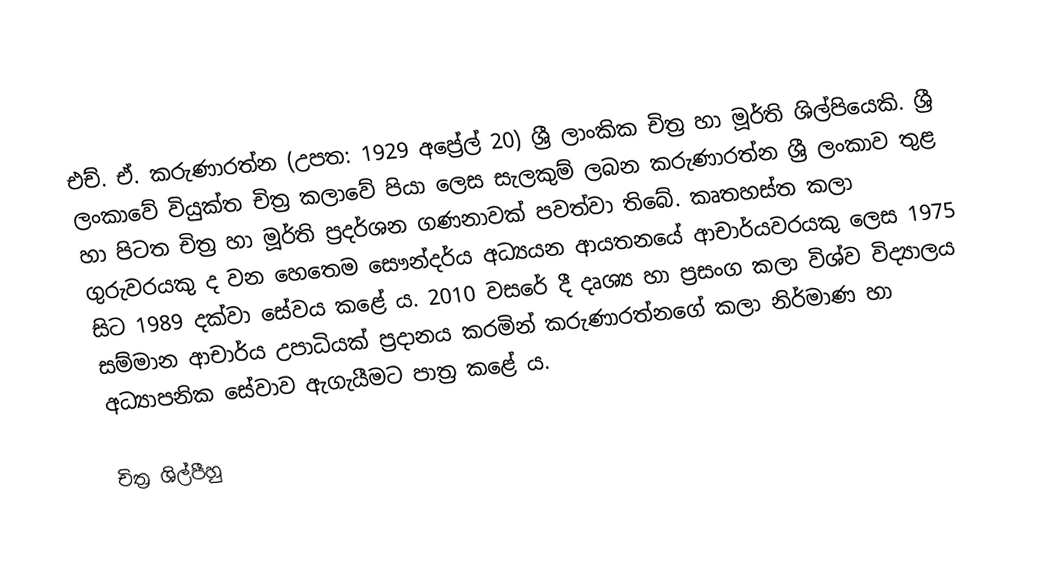
එච්. ඒ. කරුණාරත්න (උපත: 1929 අප්‍රේල් 20) ශ්‍රී ලාංකික චිත්‍ර හා මූර්ති ශිල්පියෙකි. ශ්‍රී ලංකාවේ වියුක්ත චිත්‍ර කලාවේ පියා ලෙස සැලකුම් ලබන කරුණාරත්න ශ්‍රී ලංකාව තුළ හා පිටත චිත්‍ර හා මූර්ති ප්‍රදර්ශන ගණනාවක් පවත්වා තිබේ. කෘතහස්ත කලා ගුරුවරයකු ද වන හෙතෙම සෞන්දර්ය අධ්‍යයන ආයතනයේ ආචාර්යවරයකු ලෙස 1975 සිට 1989 දක්වා සේවය කළේ ය. 2010 වසරේ දී දෘශ්‍ය හා ප්‍රසංග කලා විශ්ව විද්‍යාලය සම්මාන ආචාර්ය උපාධියක් ප්‍රදානය කරමින් කරුණාරත්නගේ කලා නිර්මාණ හා අධ්‍යාපනික සේවාව ඇගැයීමට පාත්‍ර කළේ ය.

චිත්‍ර ශිල්පීහු